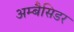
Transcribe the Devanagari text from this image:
अम्बैसिडर